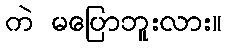
ကဲ မပြောဘူးလား။